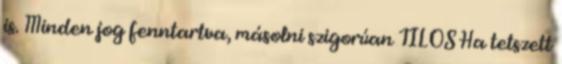
is. Minden jog fenntartva, másolni szigorúan TILOS Ha tetszett